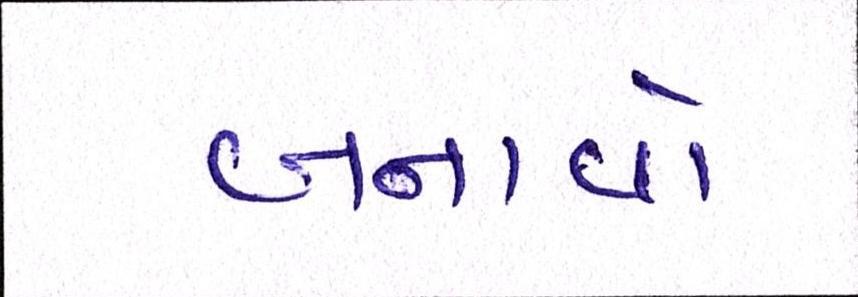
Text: બનાવો